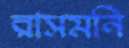
রাসমনি